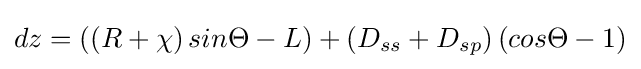
dz=\left(\left(R+\chi \right)sin\Theta -L\right)+\left(D_{ss}+D_{sp}\right)\left(cos\Theta -1\right)